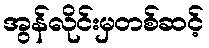
အွန်လိုင်းမှတစ်ဆင့်